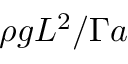
\rho g L ^ { 2 } / \Gamma a